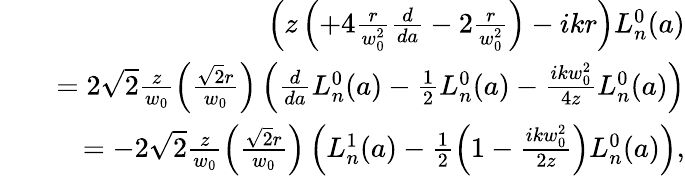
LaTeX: \begin{array}{rlr}&{}&{\left(z\left(+4\frac{r}{w_{0}^{2}}\frac{d}{da}-2\frac{r}{w_{0}^{2}}\right)-ikr\right)L_{n}^{0}(a)}\\ &{}&{=2\sqrt{2}\frac{z}{w_{0}}\left(\frac{\sqrt{2}r}{w_{0}}\right)\left(\frac{d}{da}L_{n}^{0}(a)-\frac{1}{2}L_{n}^{0}(a)-\frac{ikw_{0}^{2}}{4z}L_{n}^{0}(a)\right)}\\ &{}&{=-2\sqrt{2}\frac{z}{w_{0}}\left(\frac{\sqrt{2}r}{w_{0}}\right)\left(L_{n}^{1}(a)-\frac{1}{2}\left(1-\frac{ikw_{0}^{2}}{2z}\right)L_{n}^{0}(a)\right),}\end{array}